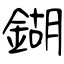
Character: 鍸